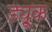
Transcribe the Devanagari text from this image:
ड्यू्क